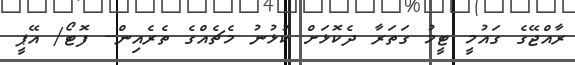
ރާއްޖޭގެ ގައުމީ ޓީމު ގަތަރާ ދެކޮޅަށް ކުޅުނު މެޗެއްގެ ތެރެއިން-- ފޮޓޯ/ އޭޕީ